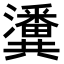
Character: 𤄤